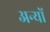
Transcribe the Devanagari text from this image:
अन्‍यों